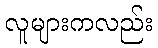
လူများကလည်း